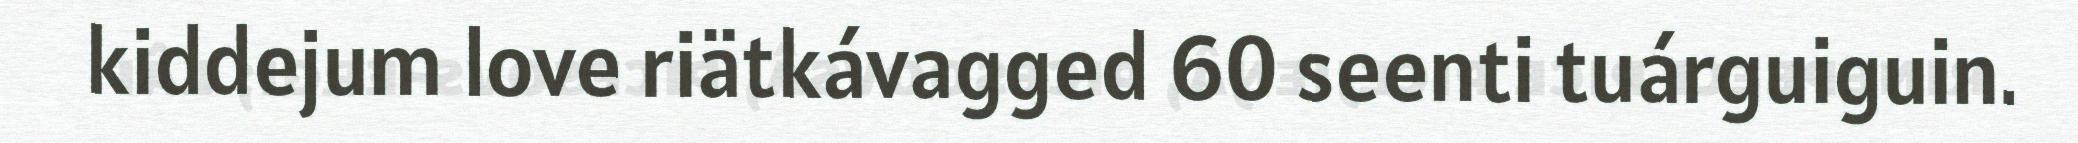
kiddejum love riätkávagged 60 seenti tuárguiguin.